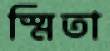
স্মিতা